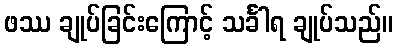
ဖဿ ချုပ်ခြင်းကြောင့် သင်္ခါရ ချုပ်သည်။